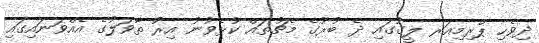
ދިވެހި ޕްރިމިއަރ ލީގުގައި ދެ ބުރުގެ މެޗުތައް ކުޅެވުނު އިރު ތާވަލުގެ އެއްވަނައިގައި